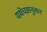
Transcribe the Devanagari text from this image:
यथेच्छानुसार